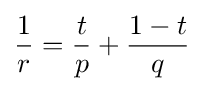
{\frac {1}{r}}={\frac {t}{p}}+{\frac {1-t}{q}}